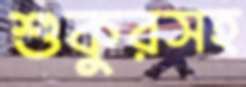
শুকুরসহ